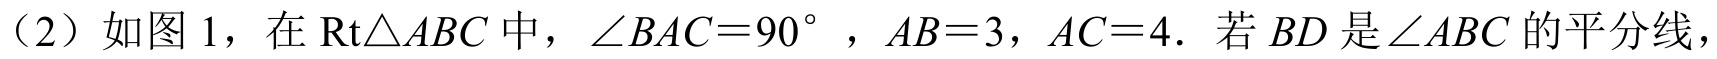
（2）如图 1，在$\mathrm{Rt}\triangle ABC$中，$\angle BAC = 90^{\circ}$，$AB = 3$，$AC = 4$．若$BD$是$\angle ABC$的平分线，